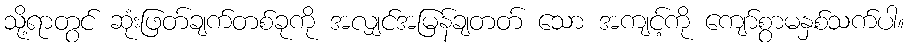
သို့ရာတွင် ဆုံးဖြတ်ချက်တစ်ခုကို အလျှင်အမြန်ချတတ် သော အကျင့်ကို ကျော်စွာမနှစ်သက်ပါ။